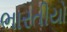
ભારતીયો